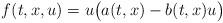
LaTeX: \begin{align*}f(t,x,u)=u\big(a(t,x)-b(t,x)u\big)\end{align*}